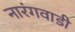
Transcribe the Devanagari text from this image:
नारंगवाडी